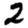
Digit: 2